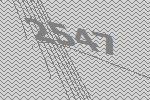
2547